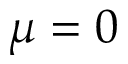
\mu = 0